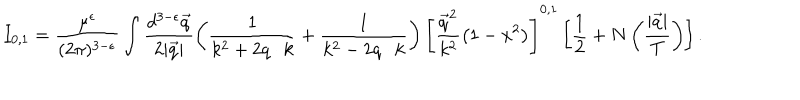
I _ { 0 , 1 } = \frac { \mu ^ { \epsilon } } { ( 2 \pi ) ^ { 3 - \epsilon } } \int \frac { d ^ { 3 - \epsilon } \vec { q } } { 2 | \vec { q } | } \left( \frac { 1 } { k ^ { 2 } + 2 q \cdot k } + \frac { 1 } { k ^ { 2 } - 2 q \cdot k } \right) \left[ \frac { \vec { q } ^ { 2 } } { k ^ { 2 } } \left( 1 - x ^ { 2 } \right) \right] ^ { 0 , 1 } \left[ \frac 1 2 + N \left( \frac { | \vec { q } | } { T } \right) \right] .